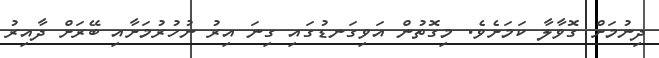
ދިނުމަށް ގޮވާލާ ކަމަށެވެ. މިގޮތުން އަވިގަނޑުގައި ގިނަ އިރު ނުހުރުމަށާއި ބޭރަށް ދާއިރު